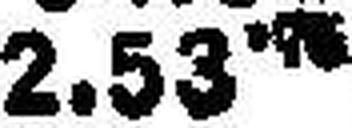
2.53